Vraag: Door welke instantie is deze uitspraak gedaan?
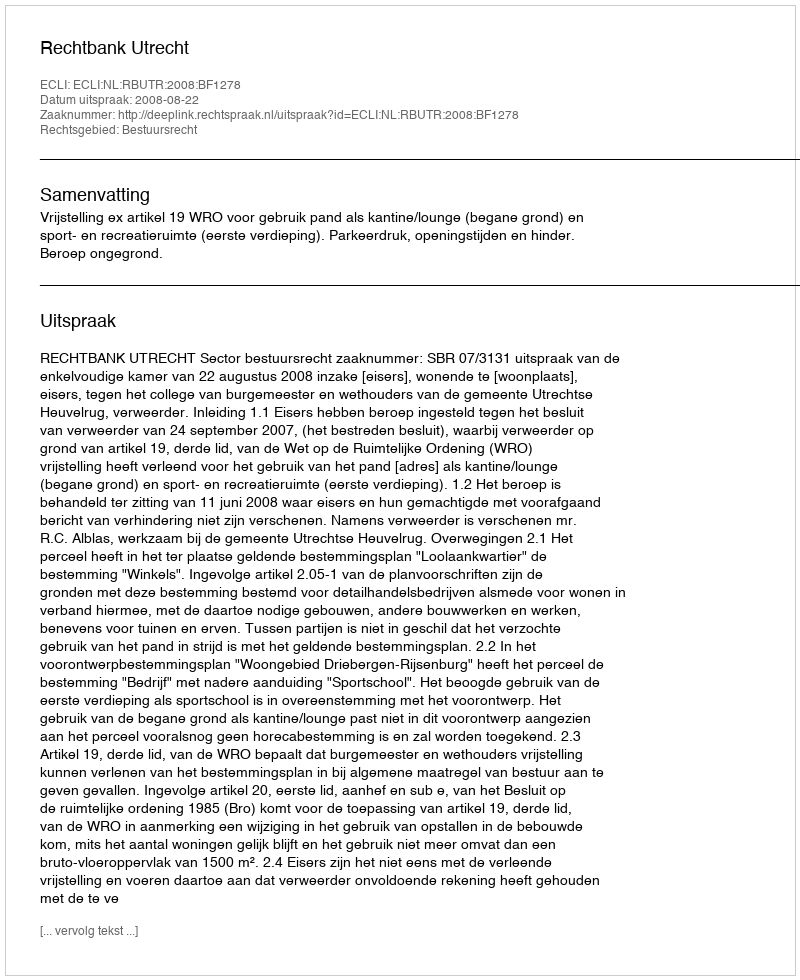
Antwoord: Rechtbank Utrecht